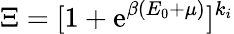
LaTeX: \Xi=[1+\mathrm{e}^{\beta(E_{0}+\mu)}]^{k_{i}}